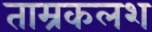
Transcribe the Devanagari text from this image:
ताम्रकलश